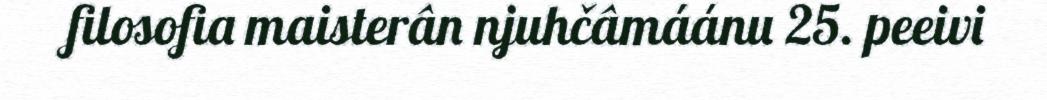
filosofia maisterân njuhčâmáánu 25. peeivi